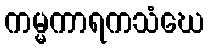
ကမ္မကာရကသံဃေ